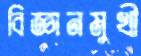
বিজ্ঞানমুখী